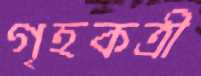
গৃহকত্রী